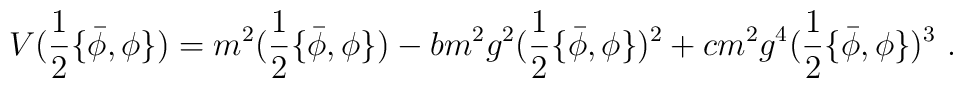
V(\frac 12\{\bar{\phi},\phi\})=m^2(\frac 12\{\bar{\phi},\phi\})                              -bm^2g^2(\frac 12\{\bar{\phi},\phi\})^2+cm^2g^4(\frac 12\{\bar{\phi},\phi\})^3\ .